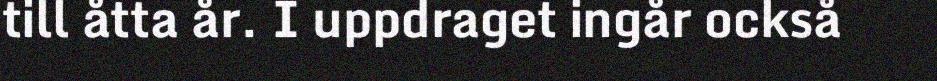
till åtta år. I uppdraget ingår också